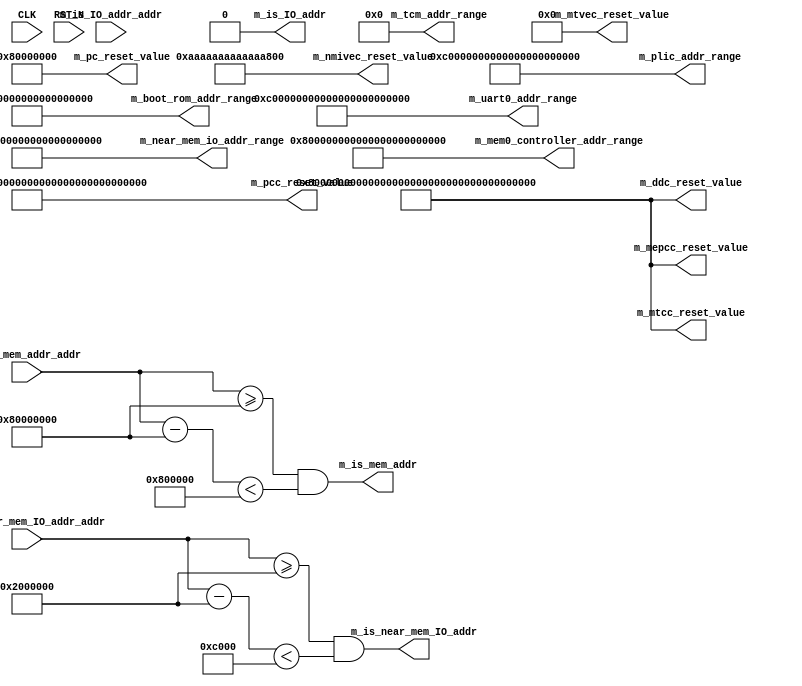
//
// Generated by Bluespec Compiler (build 7d25cde)
//
//
// Ports:
// Name                         I/O  size props
// m_near_mem_io_addr_range       O   128 const
// m_plic_addr_range              O   128 const
// m_uart0_addr_range             O   128 const
// m_boot_rom_addr_range          O   128 const
// m_mem0_controller_addr_range   O   128 const
// m_tcm_addr_range               O   128 const
// m_is_mem_addr                  O     1
// m_is_IO_addr                   O     1 const
// m_is_near_mem_IO_addr          O     1
// m_pc_reset_value               O    64 const
// m_mtvec_reset_value            O    64 const
// m_nmivec_reset_value           O    64 const
// m_pcc_reset_value              O   152 const
// m_ddc_reset_value              O   152 const
// m_mtcc_reset_value             O   152 const
// m_mepcc_reset_value            O   152 const
// CLK                            I     1 unused
// RST_N                          I     1 unused
// m_is_mem_addr_addr             I    64
// m_is_IO_addr_addr              I    64 unused
// m_is_near_mem_IO_addr_addr     I    64
//
// Combinational paths from inputs to outputs:
//   m_is_mem_addr_addr -> m_is_mem_addr
//   m_is_near_mem_IO_addr_addr -> m_is_near_mem_IO_addr
//
//

`ifdef BSV_ASSIGNMENT_DELAY
`else
  `define BSV_ASSIGNMENT_DELAY
`endif

`ifdef BSV_POSITIVE_RESET
  `define BSV_RESET_VALUE 1'b1
  `define BSV_RESET_EDGE posedge
`else
  `define BSV_RESET_VALUE 1'b0
  `define BSV_RESET_EDGE negedge
`endif

module mkSoC_Map(CLK,
		 RST_N,

		 m_near_mem_io_addr_range,

		 m_plic_addr_range,

		 m_uart0_addr_range,

		 m_boot_rom_addr_range,

		 m_mem0_controller_addr_range,

		 m_tcm_addr_range,

		 m_is_mem_addr_addr,
		 m_is_mem_addr,

		 m_is_IO_addr_addr,
		 m_is_IO_addr,

		 m_is_near_mem_IO_addr_addr,
		 m_is_near_mem_IO_addr,

		 m_pc_reset_value,

		 m_mtvec_reset_value,

		 m_nmivec_reset_value,

		 m_pcc_reset_value,

		 m_ddc_reset_value,

		 m_mtcc_reset_value,

		 m_mepcc_reset_value);
  input  CLK;
  input  RST_N;

  // value method m_near_mem_io_addr_range
  output [127 : 0] m_near_mem_io_addr_range;

  // value method m_plic_addr_range
  output [127 : 0] m_plic_addr_range;

  // value method m_uart0_addr_range
  output [127 : 0] m_uart0_addr_range;

  // value method m_boot_rom_addr_range
  output [127 : 0] m_boot_rom_addr_range;

  // value method m_mem0_controller_addr_range
  output [127 : 0] m_mem0_controller_addr_range;

  // value method m_tcm_addr_range
  output [127 : 0] m_tcm_addr_range;

  // value method m_is_mem_addr
  input  [63 : 0] m_is_mem_addr_addr;
  output m_is_mem_addr;

  // value method m_is_IO_addr
  input  [63 : 0] m_is_IO_addr_addr;
  output m_is_IO_addr;

  // value method m_is_near_mem_IO_addr
  input  [63 : 0] m_is_near_mem_IO_addr_addr;
  output m_is_near_mem_IO_addr;

  // value method m_pc_reset_value
  output [63 : 0] m_pc_reset_value;

  // value method m_mtvec_reset_value
  output [63 : 0] m_mtvec_reset_value;

  // value method m_nmivec_reset_value
  output [63 : 0] m_nmivec_reset_value;

  // value method m_pcc_reset_value
  output [151 : 0] m_pcc_reset_value;

  // value method m_ddc_reset_value
  output [151 : 0] m_ddc_reset_value;

  // value method m_mtcc_reset_value
  output [151 : 0] m_mtcc_reset_value;

  // value method m_mepcc_reset_value
  output [151 : 0] m_mepcc_reset_value;

  // signals for module outputs
  wire [151 : 0] m_ddc_reset_value,
		 m_mepcc_reset_value,
		 m_mtcc_reset_value,
		 m_pcc_reset_value;
  wire [127 : 0] m_boot_rom_addr_range,
		 m_mem0_controller_addr_range,
		 m_near_mem_io_addr_range,
		 m_plic_addr_range,
		 m_tcm_addr_range,
		 m_uart0_addr_range;
  wire [63 : 0] m_mtvec_reset_value, m_nmivec_reset_value, m_pc_reset_value;
  wire m_is_IO_addr, m_is_mem_addr, m_is_near_mem_IO_addr;

  // remaining internal signals
  wire [63 : 0] x__h128, x__h153;

  // value method m_near_mem_io_addr_range
  assign m_near_mem_io_addr_range = 128'h0000000002000000000000000000C000 ;

  // value method m_plic_addr_range
  assign m_plic_addr_range = 128'h000000000C0000000000000000400000 ;

  // value method m_uart0_addr_range
  assign m_uart0_addr_range = 128'h00000000C00000000000000000000080 ;

  // value method m_boot_rom_addr_range
  assign m_boot_rom_addr_range = 128'h00000000000010000000000000001000 ;

  // value method m_mem0_controller_addr_range
  assign m_mem0_controller_addr_range =
	     128'h00000000800000000000000040000000 ;

  // value method m_tcm_addr_range
  assign m_tcm_addr_range = 128'd0 ;

  // value method m_is_mem_addr
  assign m_is_mem_addr =
	     m_is_mem_addr_addr >= 64'h0000000080000000 &&
	     x__h128 < 64'd8388608 ;

  // value method m_is_IO_addr
  assign m_is_IO_addr = 1'd0 ;

  // value method m_is_near_mem_IO_addr
  assign m_is_near_mem_IO_addr =
	     m_is_near_mem_IO_addr_addr >= 64'h0000000002000000 &&
	     x__h153 < 64'h000000000000C000 ;

  // value method m_pc_reset_value
  assign m_pc_reset_value = 64'h0000000080000000 ;

  // value method m_mtvec_reset_value
  assign m_mtvec_reset_value = 64'h0 ;

  // value method m_nmivec_reset_value
  assign m_nmivec_reset_value = 64'hAAAAAAAAAAAAAAAA ;

  // value method m_pcc_reset_value
  assign m_pcc_reset_value = 152'h80000000400000000001FFFE3FFFFE88000000 ;

  // value method m_ddc_reset_value
  assign m_ddc_reset_value = 152'h80000000000000000001FFFE3FFFFE88000000 ;

  // value method m_mtcc_reset_value
  assign m_mtcc_reset_value = 152'h80000000000000000001FFFE3FFFFE88000000 ;

  // value method m_mepcc_reset_value
  assign m_mepcc_reset_value = 152'h80000000000000000001FFFE3FFFFE88000000 ;

  // remaining internal signals
  assign x__h128 = m_is_mem_addr_addr - 64'h0000000080000000 ;
  assign x__h153 = m_is_near_mem_IO_addr_addr - 64'h0000000002000000 ;
endmodule  // mkSoC_Map